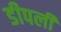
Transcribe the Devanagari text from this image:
डीपली